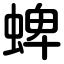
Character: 蜱